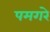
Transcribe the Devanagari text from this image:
पमगरे